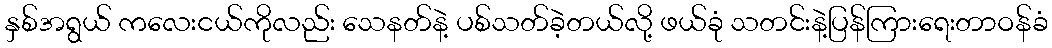
နှစ်အရွယ် ကလေးငယ်ကိုလည်း သေနတ်နဲ့ ပစ်သတ်ခဲ့တယ်လို့ ဖယ်ခုံ သတင်းနဲ့ပြန်ကြားရေးတာဝန်ခံ